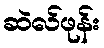
ဆဲလ်ဖုန်း